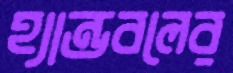
হ্যান্ডবলের